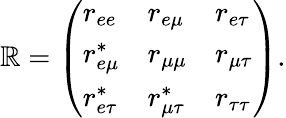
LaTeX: \mathbb{R}=\left(\begin{array}{lll}{{r_{ee}}}&{{r_{e\mu}}}&{{r_{e\tau}}}\\ {{r_{e\mu}^{*}}}&{{r_{\mu\mu}}}&{{r_{\mu\tau}}}\\ {{r_{e\tau}^{*}}}&{{r_{\mu\tau}^{*}}}&{{r_{\tau\tau}}}\end{array}\right).